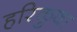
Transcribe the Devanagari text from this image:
हरिकुवा